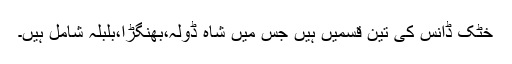
خٹک ڈانس کی تین قسمیں ہیں جس میں شاہ ڈولہ،بھنگڑا،بلبلہ شامل ہیں۔